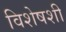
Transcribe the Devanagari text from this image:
विशेषशी